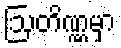
ဩတိဏ္ဏမှာ